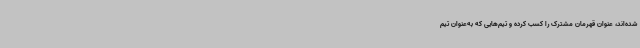
شده‌اند، عنوان قهرمان مشترک را کسب کرده و تیم‌هایی که به‌عنوان تیم